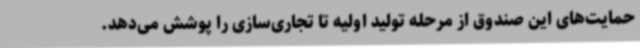
حمایت‌های این صندوق از مرحله تولید اولیه تا تجاری‌سازی را پوشش می‌دهد.